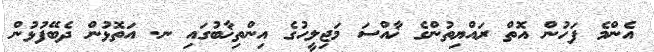
އެންމެ ފަހުން އޮތް ރައްޔިތުންގެ ޚާއްސަ މަޖިލީހުގެ އިންތިޚާބުގައި ނ. އަތޮޅުން ދެބޭފުޅުން